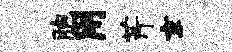
胞用芹京